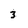
Character: 3